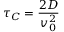
\tau _ { C } = { \frac { 2 D } { v _ { 0 } ^ { 2 } } }